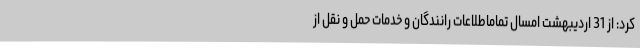
کرد: از 31 اردیبهشت امسال تماماطلاعات رانندگان و خدمات حمل و نقل از